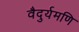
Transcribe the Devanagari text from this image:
वैदुर्यमणि